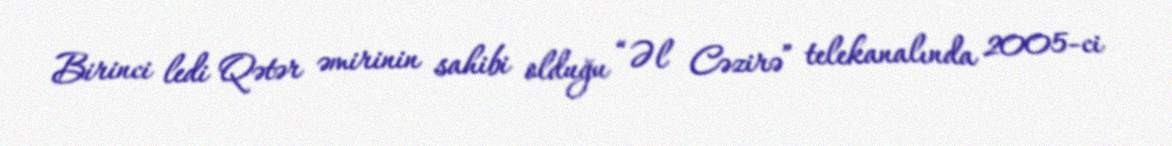
Birinci ledi Qətər əmirinin sahibi olduğu “Əl Cəzirə” telekanalında 2005-ci